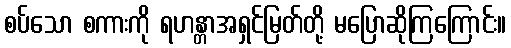
စပ်သော စကားကို ရဟန္တာအရှင်မြတ်တို့ မပြောဆိုကြကြောင်း။